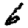
Digit: 6